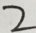
2